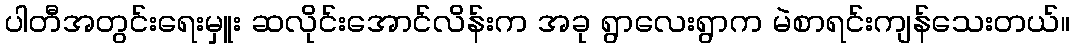
ပါတီအတွင်းရေးမှူး ဆလိုင်းအောင်လိန်းက အခု ရွာလေးရွာက မဲစာရင်းကျန်သေးတယ်။